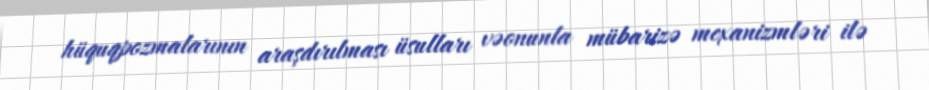
hüquqpozmalarının araşdırılması üsulları vəonunla mübarizə mexanizmləri ilə